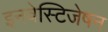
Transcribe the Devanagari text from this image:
इनवेस्टिजेषन